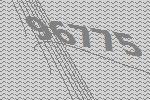
96775